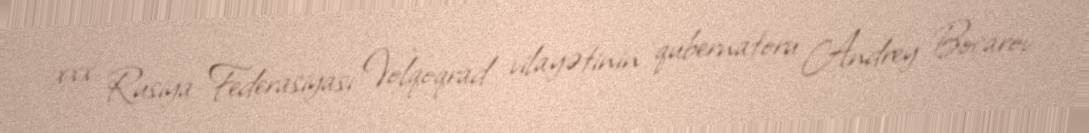
xxx Rusiya Federasiyası Volqoqrad vilayətinin qubernatoru Andrey Boçarov